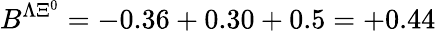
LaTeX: B^{\Lambda\Xi^{0}}=-0.36+0.30+0.5=+0.44